Note on the mental hospitals in Burma - 1925-1940
Year: 1925
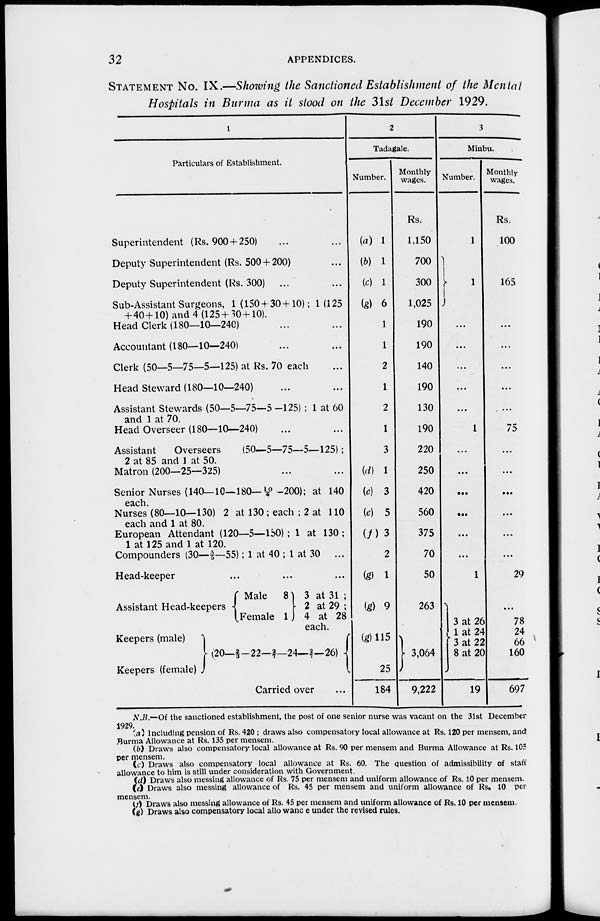
32
APPENDICES.
STATEMENT No. IX.—Showing the Sanctioned Establishment of the Mental
Hospitals in Burma as it stood on the 31st December 1929.
1
Particulars of Establishment.
Superintendent (Rs. 900 + 250) ... ...
Deputy Superintendent (Rs. 500 + 200) ...
Deputy Superintendent (Rs. 300) ... ...
Sub-Assistant Surgeons, 1(150 + 30+10); 1(125
+ 40+10) and 4 (125+ 30+10).
Head Clerk (180—10—240) ... ...
Accountant (180—10—240) ... ...
Clerk (50—5—75—5—125) at Rs. 70 each ...
Head Steward (180—10—240)
Assistant Stewards (50—5—75—5-125) ; 1 at 60
and 1 at 70.
Head Overseer (180—10—240) ... ...
Assistant
Overseers
(50—5—75—5—125);
2 at 85 and 1 at 50.
Matron (200—25—325) ... ...
Senior Nurses (140—10—180—10/4—200); at 140
each.
Nurses (80—10—130) 2 at 130 ; each ; 2 at 110
each and 1 at 80.
European Attendant (120—5—150) ; 1 at 130 ;
1 at 125 and 1 at 120.
Compounders (30—3/5—55); 1 at 40 ; 1 at 30 ...
Head-keeper ... ...
Assistant Head-keepers
Keepers (male)
Keepers (female)
Male
8
Female 1
3 at 31 ;
2 at 29;
4 at 28
each
(20—2/3-22—2/7—24— 2/7—26)
Carried over ...
2
Tadagale.
Number.
(a) 1
(b) 1
(c) 1
(g) 6
1
1
2
1
2
1
3
(d) 1
(e) 3
(e) 5
(f) 3
2
(g) 1
(g) 9
(g)115
25
184
Monthly
wages.
Rs.
1,150
700
300
1,025
190
190
140
190
130
190
220
250
420
560
375
70
50
263
3,064
9,222
3
Minbu.
Number.
1
1
...
...
...
...
...
1
...
...
...
...
...
...
1
3 at 26
1 at 24
3 at 22
8 at 20
19
Monthly
wages.
Rs.
100
165
...
...
...
...
...
75
...
...
...
...
...
...
29
...
78
24
66
160
697
N.B.—Of the sanctioned establishment, the post of one senior nurse was vacant on the 31st December
1929.
(a) Including pension of Rs. 420 ; draws also compensatory local allowance at Rs. 120 per mensem, and
Burma Allowance at Rs. 135 per mensem.
(b) Draws also compensatory local allowance at Rs. 90 per mensem and Burma Allowance at Rs. 105
per mensem.
(c) Draws also compensatory local allowance at Rs. 60. The question of admissibility of staff
allowance to him is still under consideration with Government.
(d) Draws also messing allowance of Rs. 75 per mensem and uniform allowance of Rs. 10 per mensem.
(e) Draws also messing allowance of Rs. 45 per mensem and uniform allowance of Rs. 10 per
mensem.
(f) Draws also messing allowance of Rs. 45 per mensem and uniform allowance of Rs. 10 per mensem.
(g) Draws also compensatory local allowance under the revised rules.